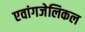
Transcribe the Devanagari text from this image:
एवांगजेलिकल